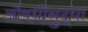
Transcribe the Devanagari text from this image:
औषधीसुद्धा